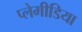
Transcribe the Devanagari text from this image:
प्लेमीडिया